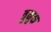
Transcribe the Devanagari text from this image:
तुनुक